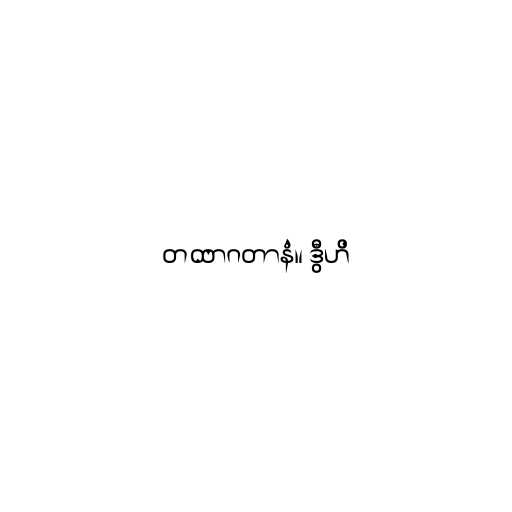
တထာဂတာနံ။ ဒွီဟိ